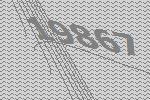
19867